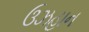
ઉઝહાન